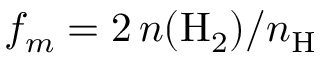
f _ { m } = 2 \, n ( \mathrm { H } _ { 2 } ) / n _ { \mathrm { H } }